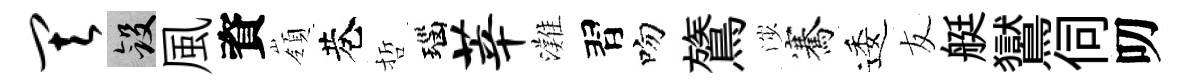
其斂風資嶺巷哲瑙莘灘習吻鷟渉騫逶友艇鸑伺叨